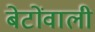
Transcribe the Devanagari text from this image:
बेटोंवाली